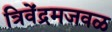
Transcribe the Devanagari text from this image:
त्रिवेंद्रमजवळ